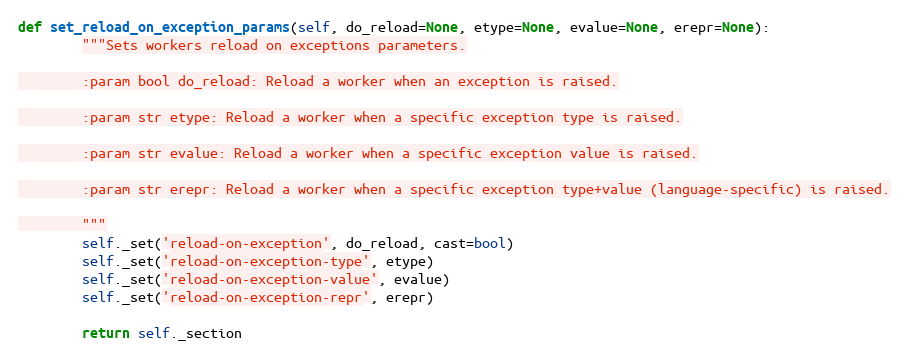
Language: Python
def set_reload_on_exception_params(self, do_reload=None, etype=None, evalue=None, erepr=None):
        """Sets workers reload on exceptions parameters.

        :param bool do_reload: Reload a worker when an exception is raised.

        :param str etype: Reload a worker when a specific exception type is raised.

        :param str evalue: Reload a worker when a specific exception value is raised.

        :param str erepr: Reload a worker when a specific exception type+value (language-specific) is raised.

        """
        self._set('reload-on-exception', do_reload, cast=bool)
        self._set('reload-on-exception-type', etype)
        self._set('reload-on-exception-value', evalue)
        self._set('reload-on-exception-repr', erepr)

        return self._section